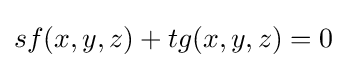
sf(x,y,z)+tg(x,y,z)=0